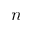
n